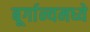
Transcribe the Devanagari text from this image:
बूर्गान्यमध्ये